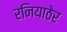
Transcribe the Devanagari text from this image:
रनियाठेर